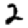
Digit: 2